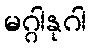
မဂ္ဂါနုဂါ